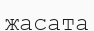
жасата